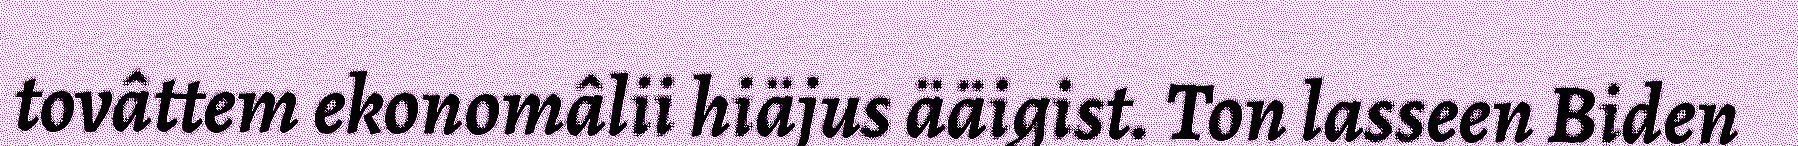
tovâttem ekonomâlii hiäjus ääigist. Ton lasseen Biden